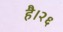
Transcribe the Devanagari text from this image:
है।२६